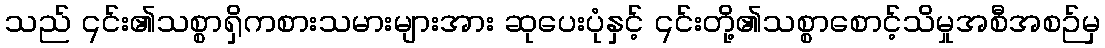
သည် ၎င်း၏သစ္စာရှိကစားသမားများအား ဆုပေးပုံနှင့် ၎င်းတို့၏သစ္စာစောင့်သိမှုအစီအစဉ်မှ